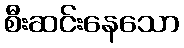
စီးဆင်းနေသော